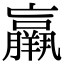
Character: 𦏞